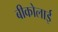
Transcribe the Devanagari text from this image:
बीकोलाई